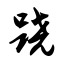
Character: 跷